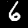
Label: 6